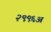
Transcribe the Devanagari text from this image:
२९९६अ